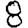
Digit: 8